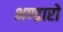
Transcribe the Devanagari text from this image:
भण्डारो